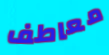
معاطف